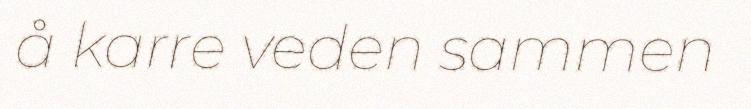
å karre veden sammen